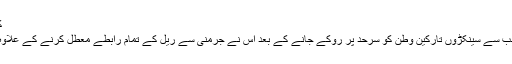
کن تارکینِ وطن کو واپس بھیجا جاتا ہے
اس سے قبل ڈنمارک میں پولیس کی جانب سے سینکڑوں تارکین وطن کو سرحد پر روکے جانے کے بعد اس نے جرمنی سے ریل کے تمام رابطے معطل کرنے کے علاوہ مرکزی موٹروے بھی بند کر دی تھی۔